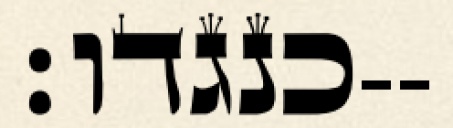
כנגדו׃--